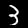
Label: 3